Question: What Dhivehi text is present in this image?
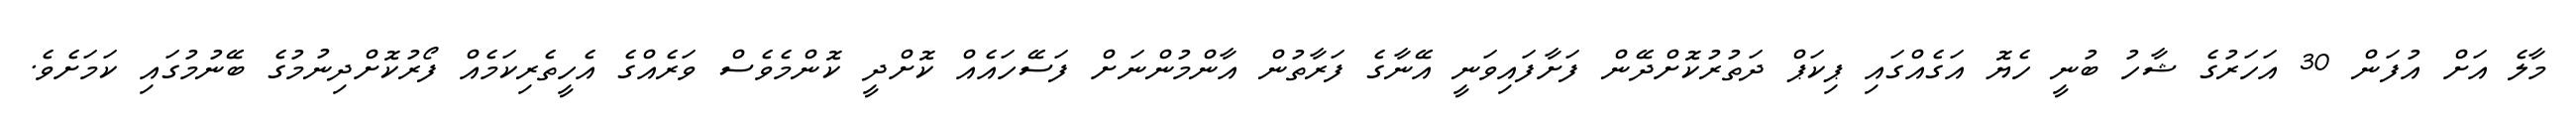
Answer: މާލެ އަށް އުފަން 30 އަހަރުގެ ޝާހު ބުނީ ހެޔޮ އަގެއްގައި ޕިކަޕް ދަތުރުކޮށްދޭން ފަށާފައިވަނީ އޭނާގެ ފަރާތުން އާންމުންނަށް ފަސޭހައެއް ކޮށްދީ ކޮންމެވެސް ވަރެއްގެ އެހީތެރިކަމެއް ފޯރުކޮށްދިނުމުގެ ބޭނުމުގައި ކަމަށެވެ.